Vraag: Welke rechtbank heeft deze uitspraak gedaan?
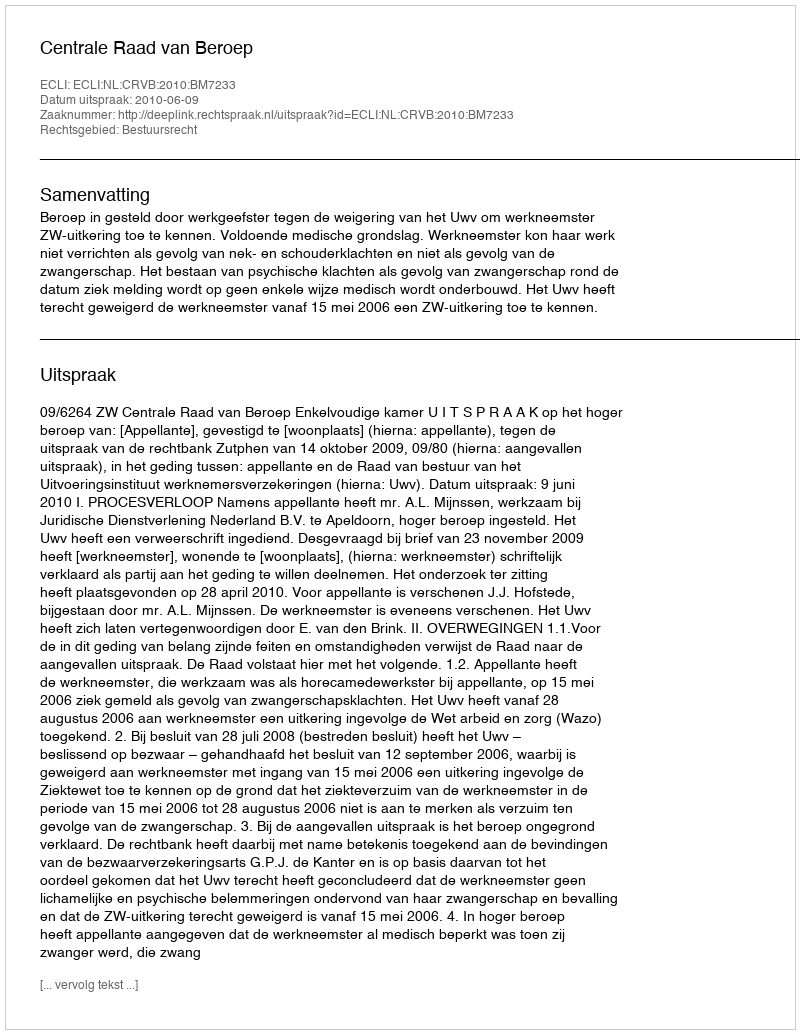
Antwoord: Centrale Raad van Beroep